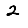
Digit: 2